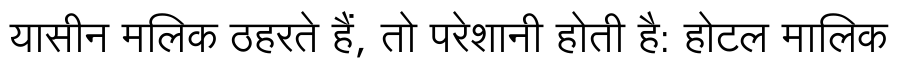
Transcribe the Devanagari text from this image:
यासीन मलिक ठहरते हैं, तो परेशानी होती है: होटल मालिक